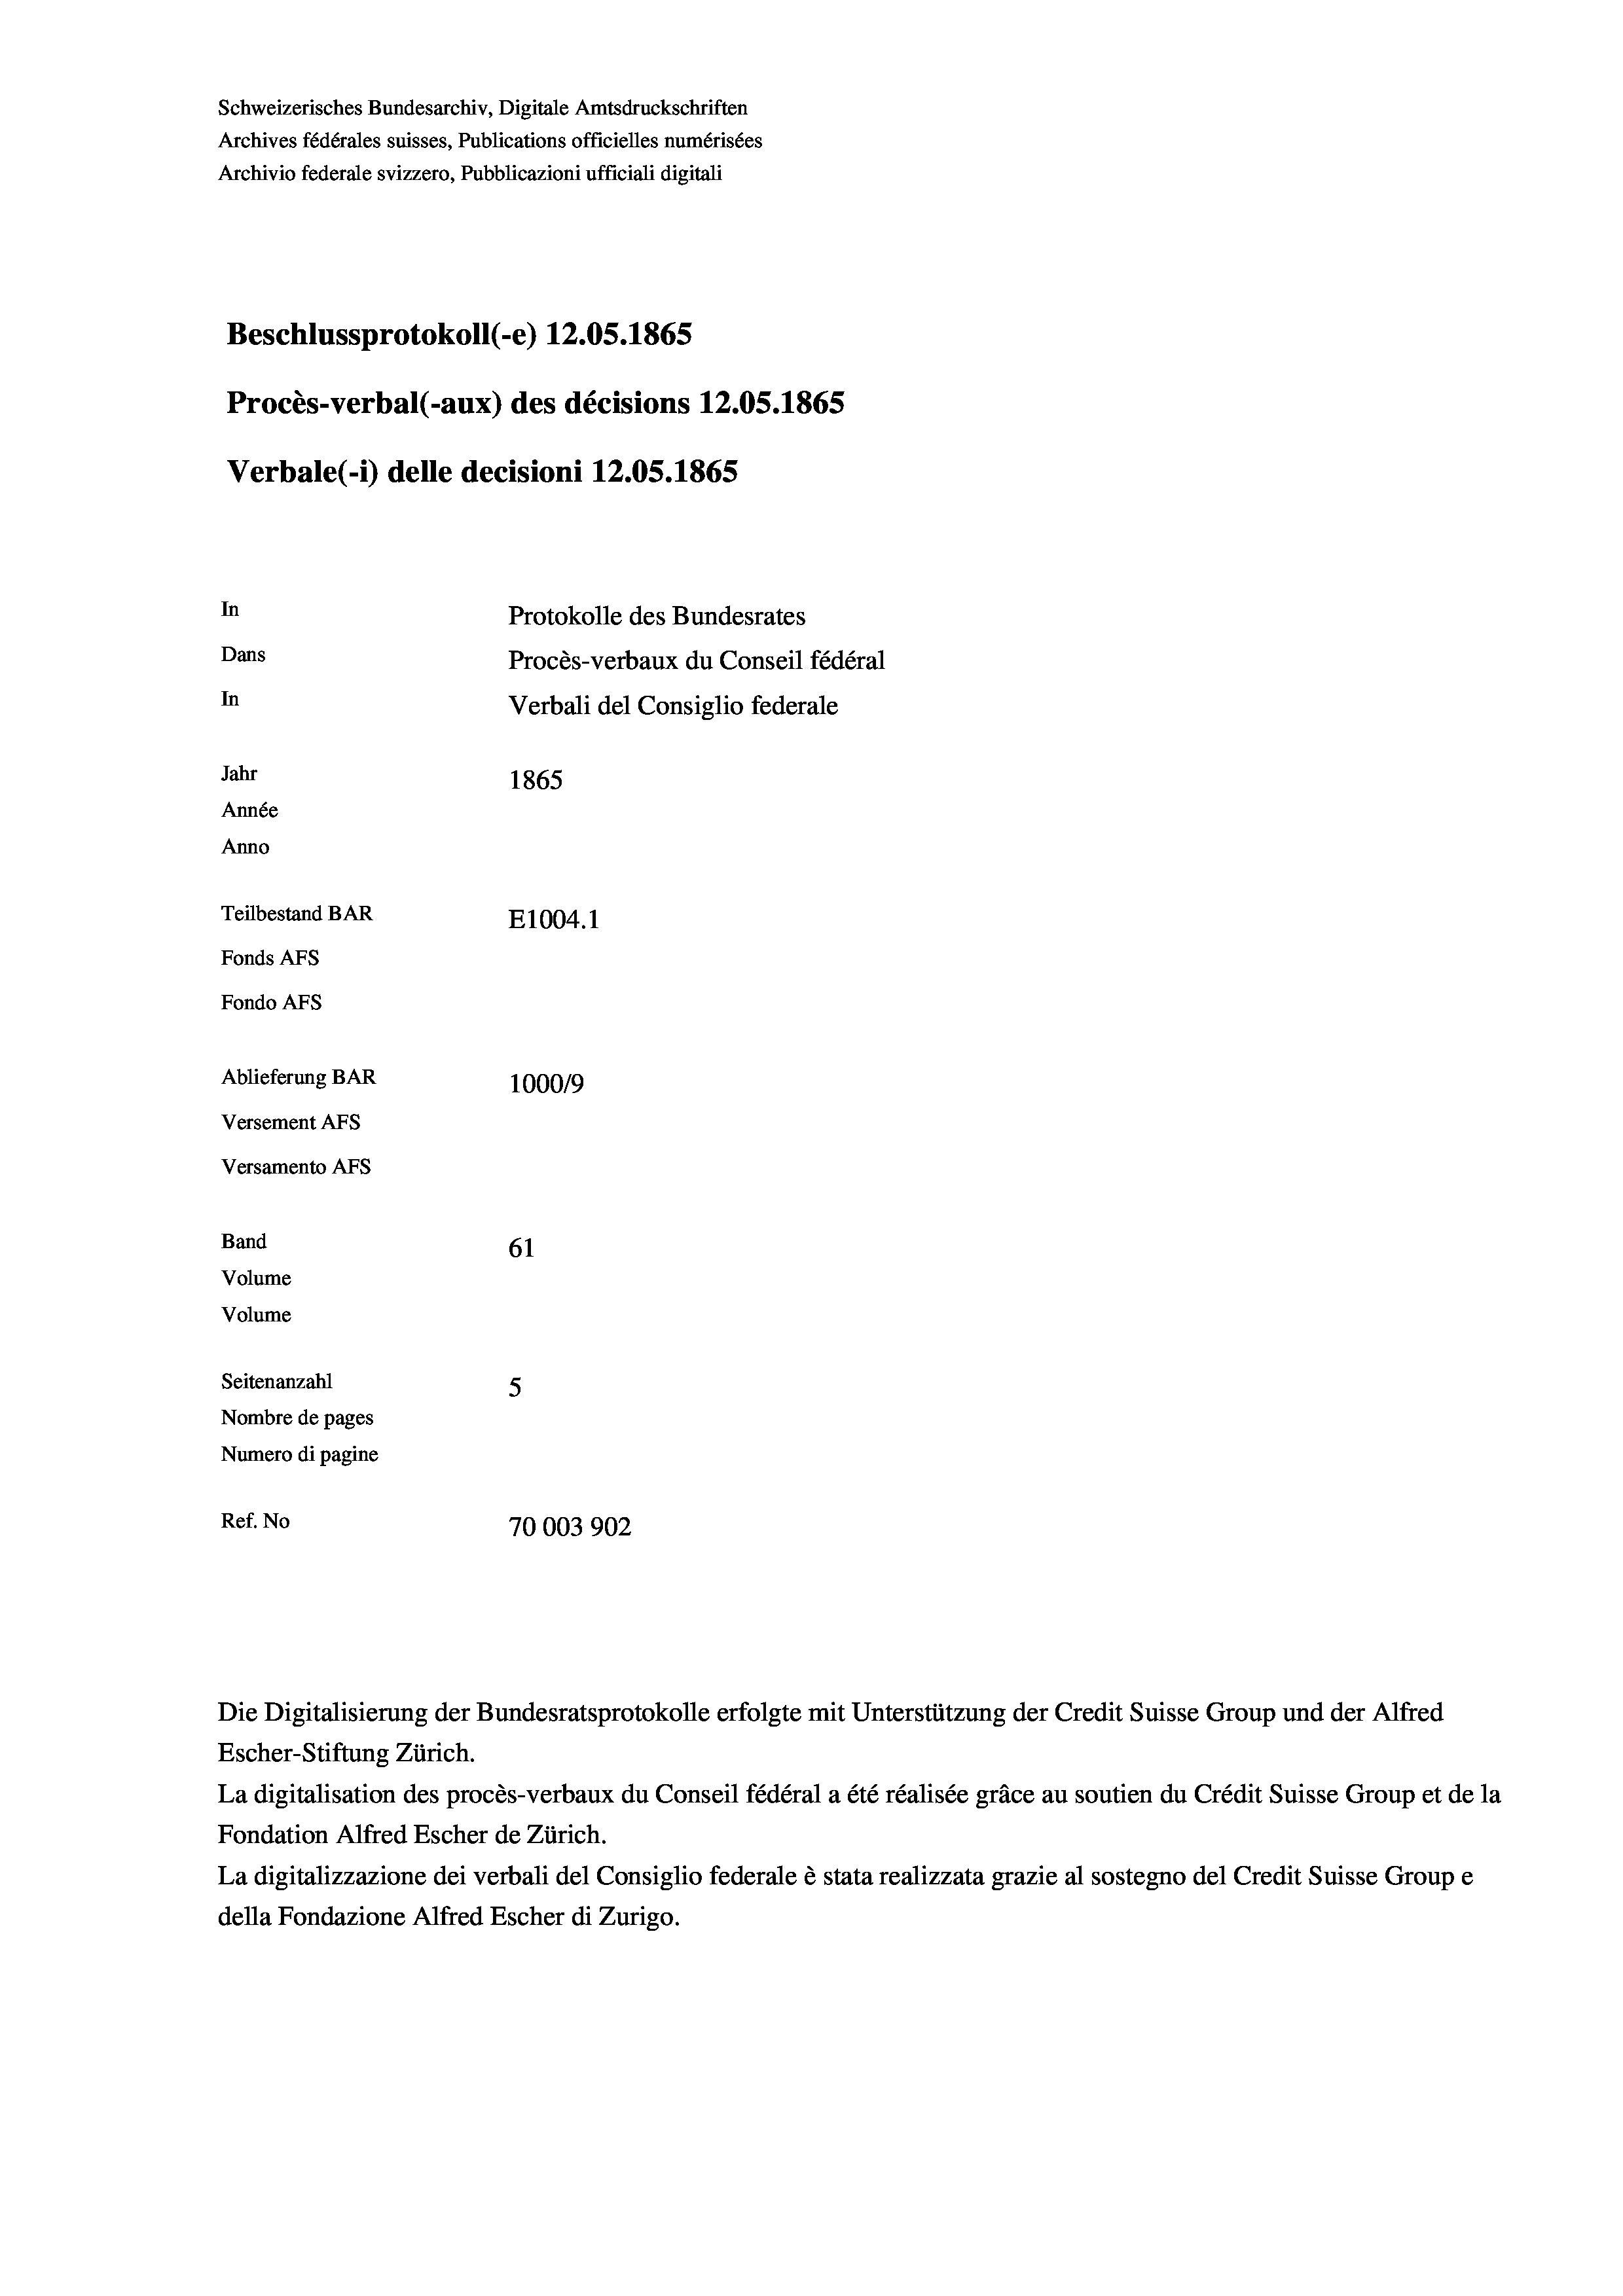
Schweizerisches Bundesarchiv, Digitale Amtsdruckschriften
Archives fédérales suisses, Publications officielles numérisées
Archivio federale svizzero, Pubblicazioni ufficiali digitali
Beschlussprotokoll (-e) 12.05. 1865
Procès-verbal (-aux) des décisions 12.05. 1865
Verbale (1) delle decisioni 12.05. 1865
In
Protokolle des Bundesrates
Dans
Procès-verbaux du Conseil fédéral
In
Verbali del Consiglio federale
Jahr
1865
Année
Anno
Teilbestand BAR
E1004. 1
Fonds AFs
Fondo AFS
Ablieferung BAR
100019
Versement Abs
Versamento Afs
Band
61
Volume
Volume

Seitenanzahl
5
Nombre de pages
Numero di pagine
Ref. No
70003902

Escher-Stiftung Zürich.
La digitalisation des procès-verbaux du Conseil fédéral a été réalisée gräce au soutien du Crédit Suisse Group et de la
Fondation Alfred Escher de Zürich.
La digitalizzazione dei verbali del Consiglio federale è stata realizzata grazie al sostegno del Credit Suisse Groupe
della Fondazione Alfred Escher di Zurigo.

Die Digitalisierung der Bundesratsprotokolle erfolgte mit Unterstützung der Credit Suisse Group und der Alfred